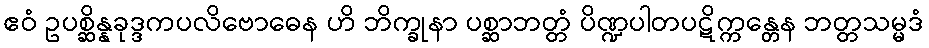
ဧဝံ ဥပစ္ဆိန္နခုဒ္ဒကပလိဗောဓေန ဟိ ဘိက္ခုနာ ပစ္ဆာဘတ္တံ ပိဏ္ဍပါတပဋိက္ကန္တေန ဘတ္တသမ္မဒံ